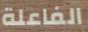
الفاعلة